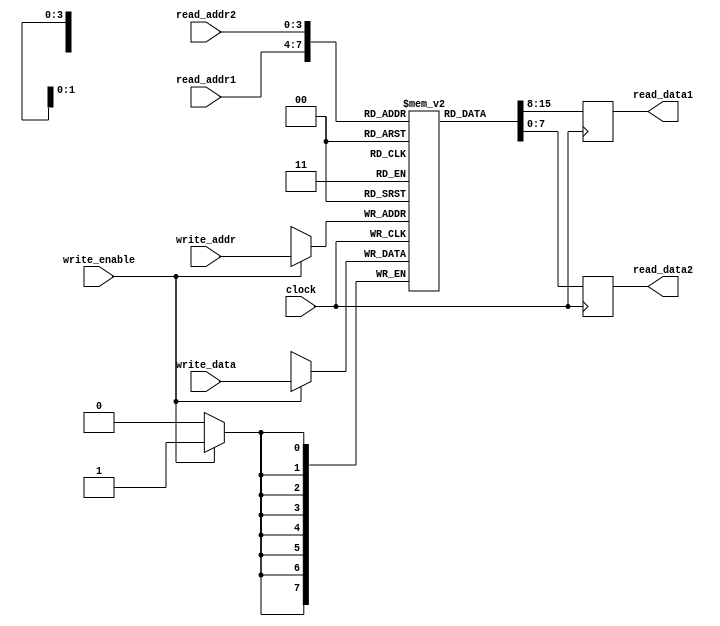
module register_file(
    input wire [3:0] read_addr1,
    input wire [3:0] read_addr2,
    input wire [3:0] write_addr,
    input wire [7:0] write_data,
    input wire write_enable,
    input wire clock,
    output reg [7:0] read_data1,
    output reg [7:0] read_data2
);

reg [7:0] memory [15:0];

always @(posedge clock) begin
    if (write_enable) begin
        memory[write_addr] <= write_data;
    end
    read_data1 <= memory[read_addr1];
    read_data2 <= memory[read_addr2];
end

endmodule